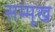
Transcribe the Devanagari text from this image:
सम्मूख